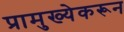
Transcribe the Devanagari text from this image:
प्रामुख्येकरून